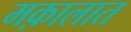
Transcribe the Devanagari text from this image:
मक़ालात